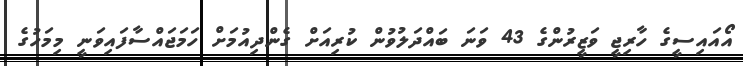
އޯއައިސީގެ ހާރިޖީ ވަޒީރުންގެ 43 ވަނަ ބައްދަލުވުން ކުރިއަށް ގެންދިއުމަށް ހަމަޖައްސާފައިވަނީ މިމަހުގެ